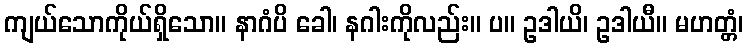
ကျယ်သောကိုယ်ရှိသော။ နာဂံပိ ခေါ၊ နဂါးကိုလည်း။ ပ။ ဥဒါယိ၊ ဥဒါယီ။ မဟတ္တံ၊